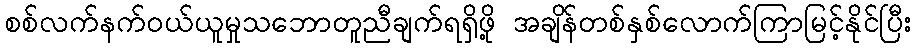
စစ်လက်နက်ဝယ်ယူမှုသဘောတူညီချက်ရရှိဖို့ အချိန်တစ်နှစ်လောက်ကြာမြင့်နိုင်ပြီး